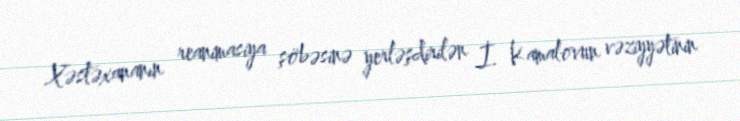
Xəstəxananın reanimasiya şöbəsinə yerləşdirilən İ. Kamalovun vəziyyətinin